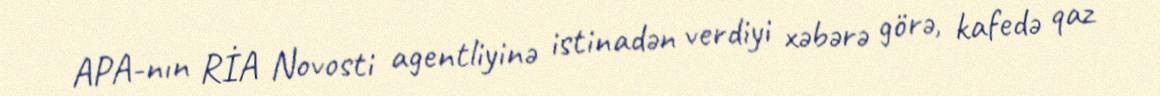
APA-nın RİA Novosti agentliyinə istinadən verdiyi xəbərə görə, kafedə qaz